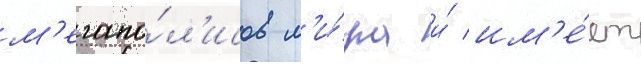
м'егапо́л'исов м'и́ра и́ им'е́ет